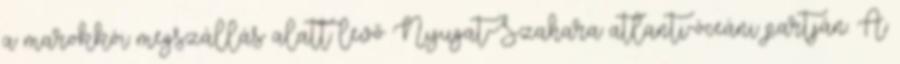
a marokkói megszállás alatt levő Nyugat-Szahara atlanti-óceáni partján. A